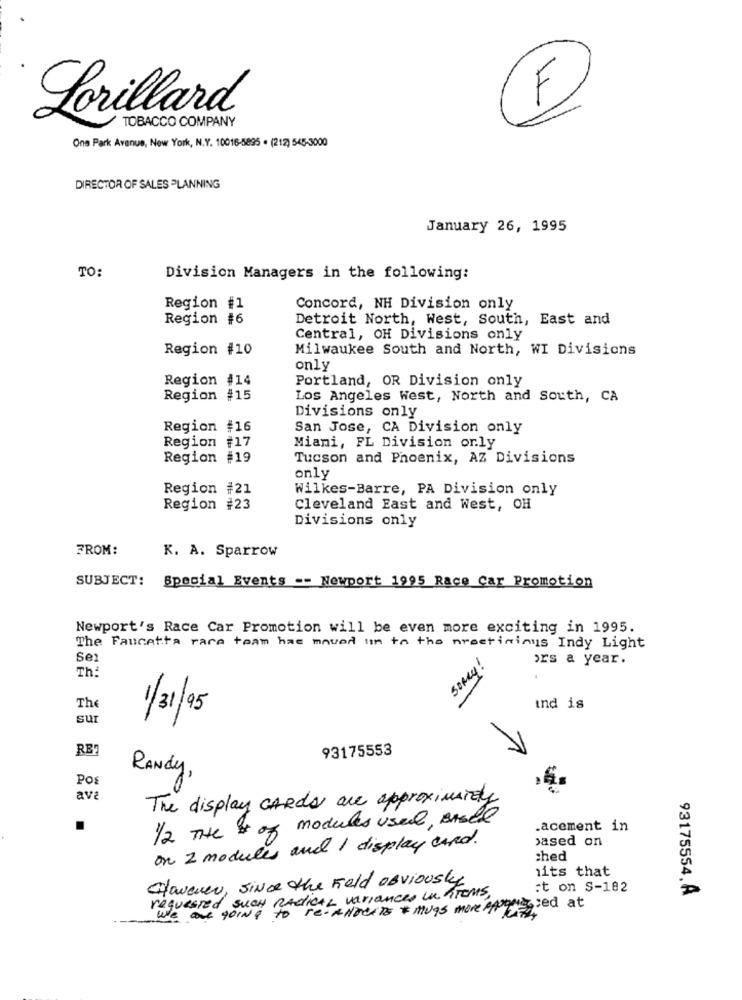
Lorillard
TOBACCO COMPANY
F
One Park Avenue, New York, N.Y. 10016-5895 . (212) 545-3000
DIRECTOR OF SALES PLANNING
January 26, 1995
TO:
Division Managers in the following:
Region #1
Concord, NH Division only
Region #6
Detroit North, West, South, East and
Central, OH Divisions only
Region #10
Milwaukee South and North, WI Divisions
only
Region #14
Portland, OR Division only
Region #15
Los Angeles West, North and South, CA
Divisions only
Region #16
San Jose, CA Division only
Region #17
Miami, FL Division orly
Region #19
Tucson and Phoenix, AZ Divisions
only
Region #21
Wilkes-Barre, PA Division only
Region #23
Cleveland East and West, OH
Divisions only
FROM:
K. A. Sparrow
SUBJECT:
Special Events -- Newport 1995 Race Car Promotion
Newport's Race Car Promotion will be even more exciting in 1995.
The Faucetta rare team hac moved it to the nroetininus Indy Light
Se1
somy!
ors a year.
Th:
The
1/31/95
ind is
sur
RE
93175553
1
RANdy,
Po
ava
The display CARDS are approximately
modules used, Bisel
.acement in
1/2 THE of
on 2 modules and I display card.
based on
ched
its that
However, since the Feld obviously
:t on S-182
93175554. A
requested SUCH RADICAL variances un Troms,
we are going to re- AllDerTs + mugs more pagegled at